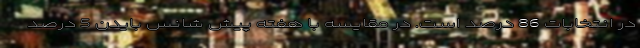
در انتخابات 86 درصد است. در مقایسه با هفته پیش شانس بایدن 5 درصد